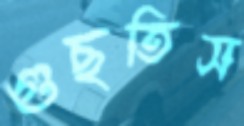
গুছতিস